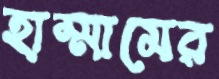
হাম্মামের